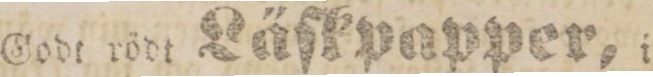
Godt rådt Läſkpapper, i